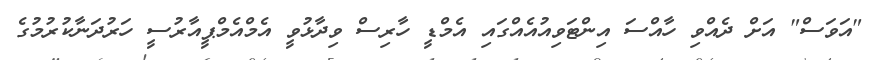
"އަވަސް" އަށް ދެއްވި ހާއްސަ އިންޓަވިއުއެއްގައި އެމްޑީ ހާރިސް ވިދާޅުވީ އެމްއެމްޕީއާރުސީ ހަރުދަނާކުރުމުގެ